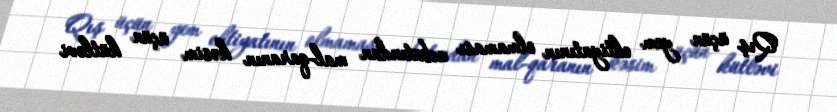
Qış üçün yem ehtiyatının olmaması ucbatından mal-qaranın kəsim üçün kütləvi